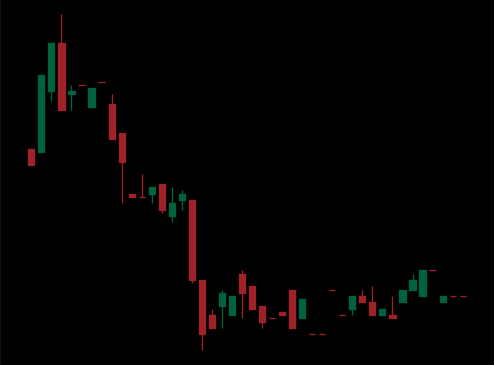
Pattern: bull_flag